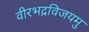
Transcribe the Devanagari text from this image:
वीरभद्रविजयमु